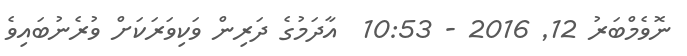
ނޮވެމްބަރު 12